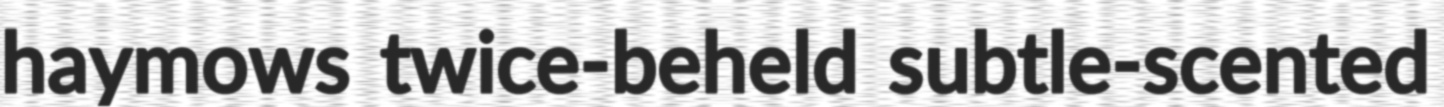
haymows twice-beheld subtle-scented